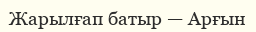
Жарылғап батыр — Арғын